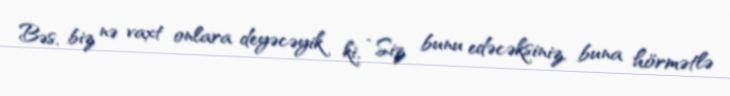
Bəs, biz nə vaxt onlara deyəcəyik ki, “Siz bunu edəcəksiniz, buna hörmətlə